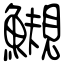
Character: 䲅